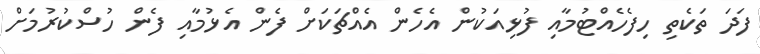
ފަދަ ތަކެތި ހިފެހެއްޓުމާއި ފުޅިއަކުން އެހެން އެއްޗަކަށް ފެން އެޅުމާއި ފެން ހުސްކުރުމަށް